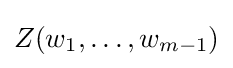
Z(w_{1},\ldots ,w_{m-1})